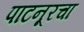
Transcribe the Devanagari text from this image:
पाटनूरचा